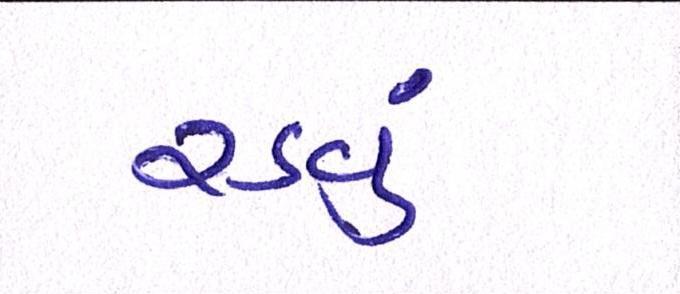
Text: રડવું